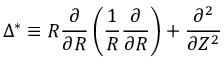
\Delta ^ { * } \equiv R \frac { \partial } { \partial R } \left( \frac { 1 } { R } \frac { \partial } { \partial R } \right) + \frac { \partial ^ { 2 } } { \partial Z ^ { 2 } }